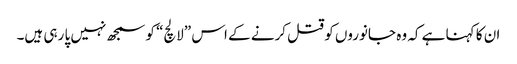
ان کا کہنا ہے کہ وہ جانوروں کو قتل کرنے کے اس ”لالچ“ کو سمجھ نہیں پا رہی ہیں۔